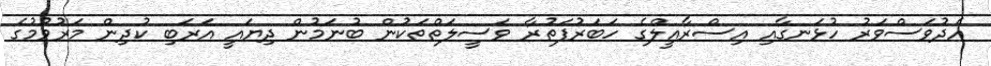
އެދުވަސްވަރު ހުޅަނގާއި އިސްރާއީލްގެ ހަބަރުފަތުރާ ވަސީލަތްތަކުން ބުނަމުން ދިޔައީ އަރަބި ކުދިން މަރުވުމުގެ